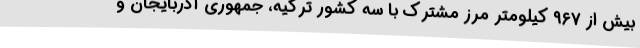
بیش از ۹۶۷ کیلومتر مرز مشترک با سه کشور ترکیه، جمهوری آذربایجان و